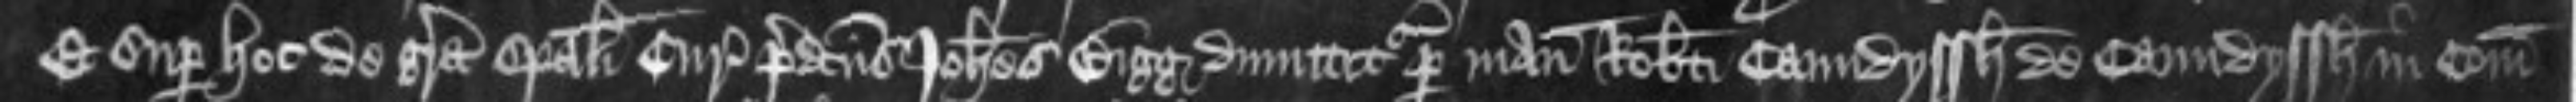
Et super hoc de gratia speciali Curie predictus Johannes Bigg dimittitur per manus Roberti Caundyssh de Caundyssh in Comitatu